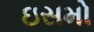
ઇસમો